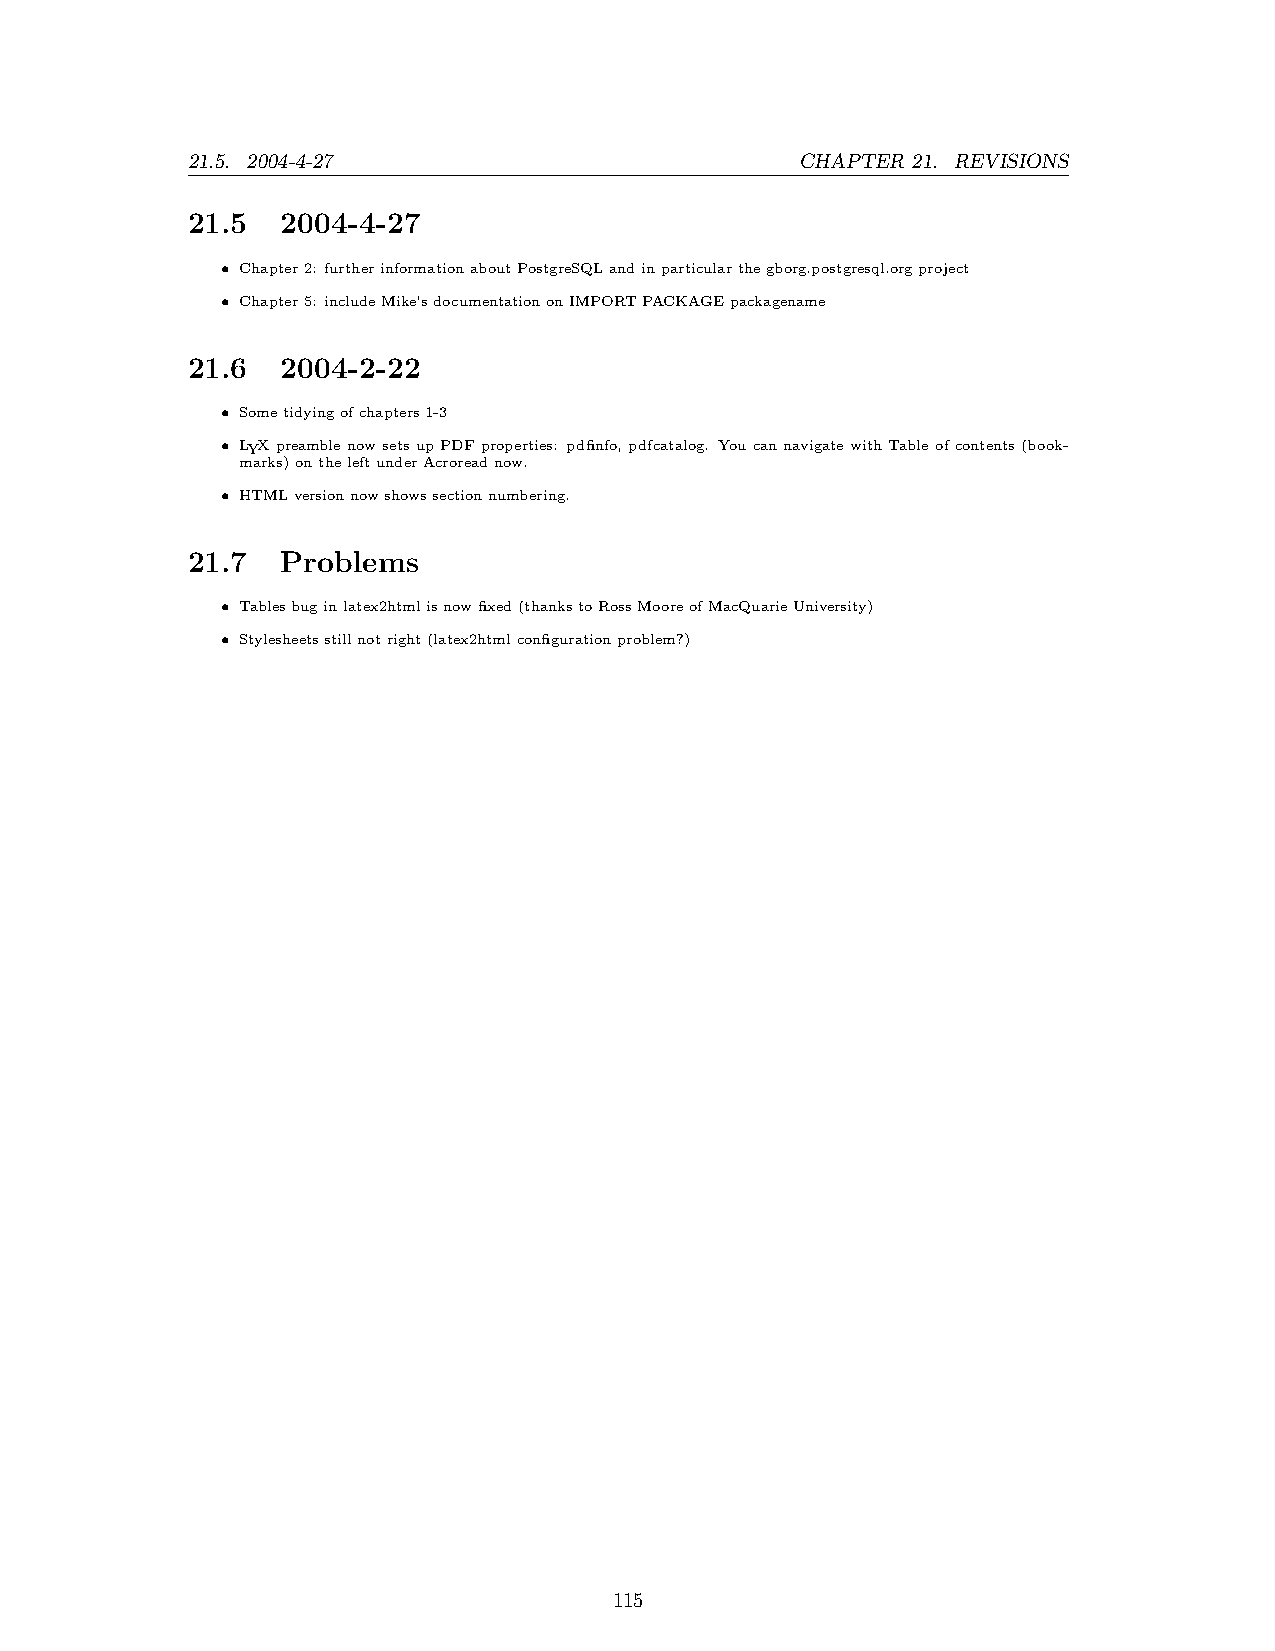
21.5. 2004-4-27                          CHAPTER 21. REVISIONS
 21.5   2004-4-27
 • Chapter2: furtherinformationaboutPostgreSQLandinparticularthegborg.postgresql.orgproject
 • Chapter5: includeMike’sdocumentationonIMPORTPACKAGEpackagename
 21.6   2004-2-22
 • Sometidyingofchapters1-3
 • LYXpreamblenowsetsupPDFproperties: pdfinfo, pdfcatalog. YoucannavigatewithTableofcontents(book-
 marks)ontheleftunderAcroreadnow.
 • HTMLversionnowshowssectionnumbering.
 21.7   Problems
 • Tablesbuginlatex2htmlisnowfixed(thankstoRossMooreofMacQuarieUniversity)
 • Stylesheetsstillnotright(latex2htmlconfigurationproblem?)
 115